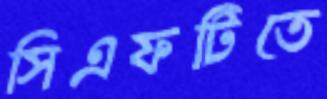
সিএফটিতে